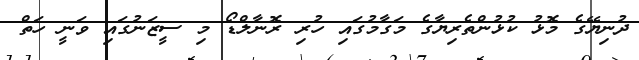
ދުނިޔޭގެ މޮޅު ކުޅުންތެރިޔާގެ މަގާމުގައި ހުރި ރޮނާލްޑޯ މި ސީޒަނުގައި ވަނީ ހަތް